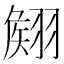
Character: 𮋊